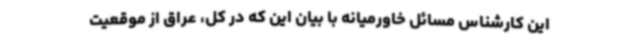
این کارشناس مسائل خاورمیانه با بیان این که در کل، عراق از موقعیت